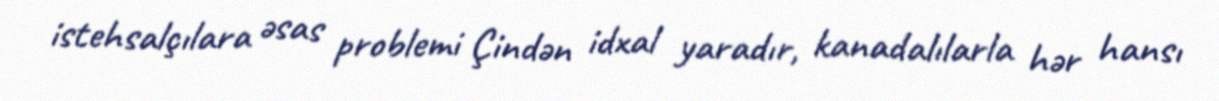
istehsalçılara əsas problemi Çindən idxal yaradır, kanadalılarla hər hansı